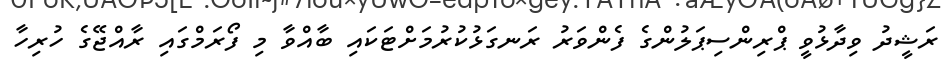
ރަޝީދު ވިދާޅުވީ ޕްރިންސިޕަލުންގެ ފެންވަރު ރަނގަޅުކުރުމަށްޓަކައި ބާއްވާ މި ފޯރަމްގައި ރާއްޖޭގެ ހުރިހާ